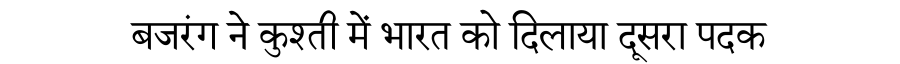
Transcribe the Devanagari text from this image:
बजरंग ने कुश्ती में भारत को दिलाया दूसरा पदक